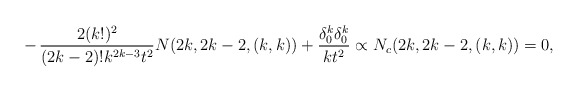
\begin{align*}-\,{2 (k!)^2 \over (2k-2)! k^{2k-3} t^2} N(2k,2k-2,(k,k)) + {\delta^k_0\delta^k_0\over kt^2} \propto N_c(2k,2k-2, (k,k)) =0,\end{align*}